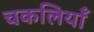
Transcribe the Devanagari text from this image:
चकलियाँ